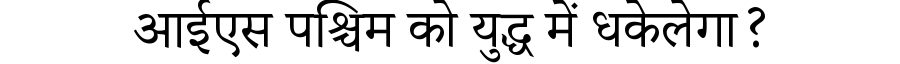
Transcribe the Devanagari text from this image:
आईएस पश्चिम को युद्ध में धकेलेगा?